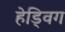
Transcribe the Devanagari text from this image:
हेड्विग